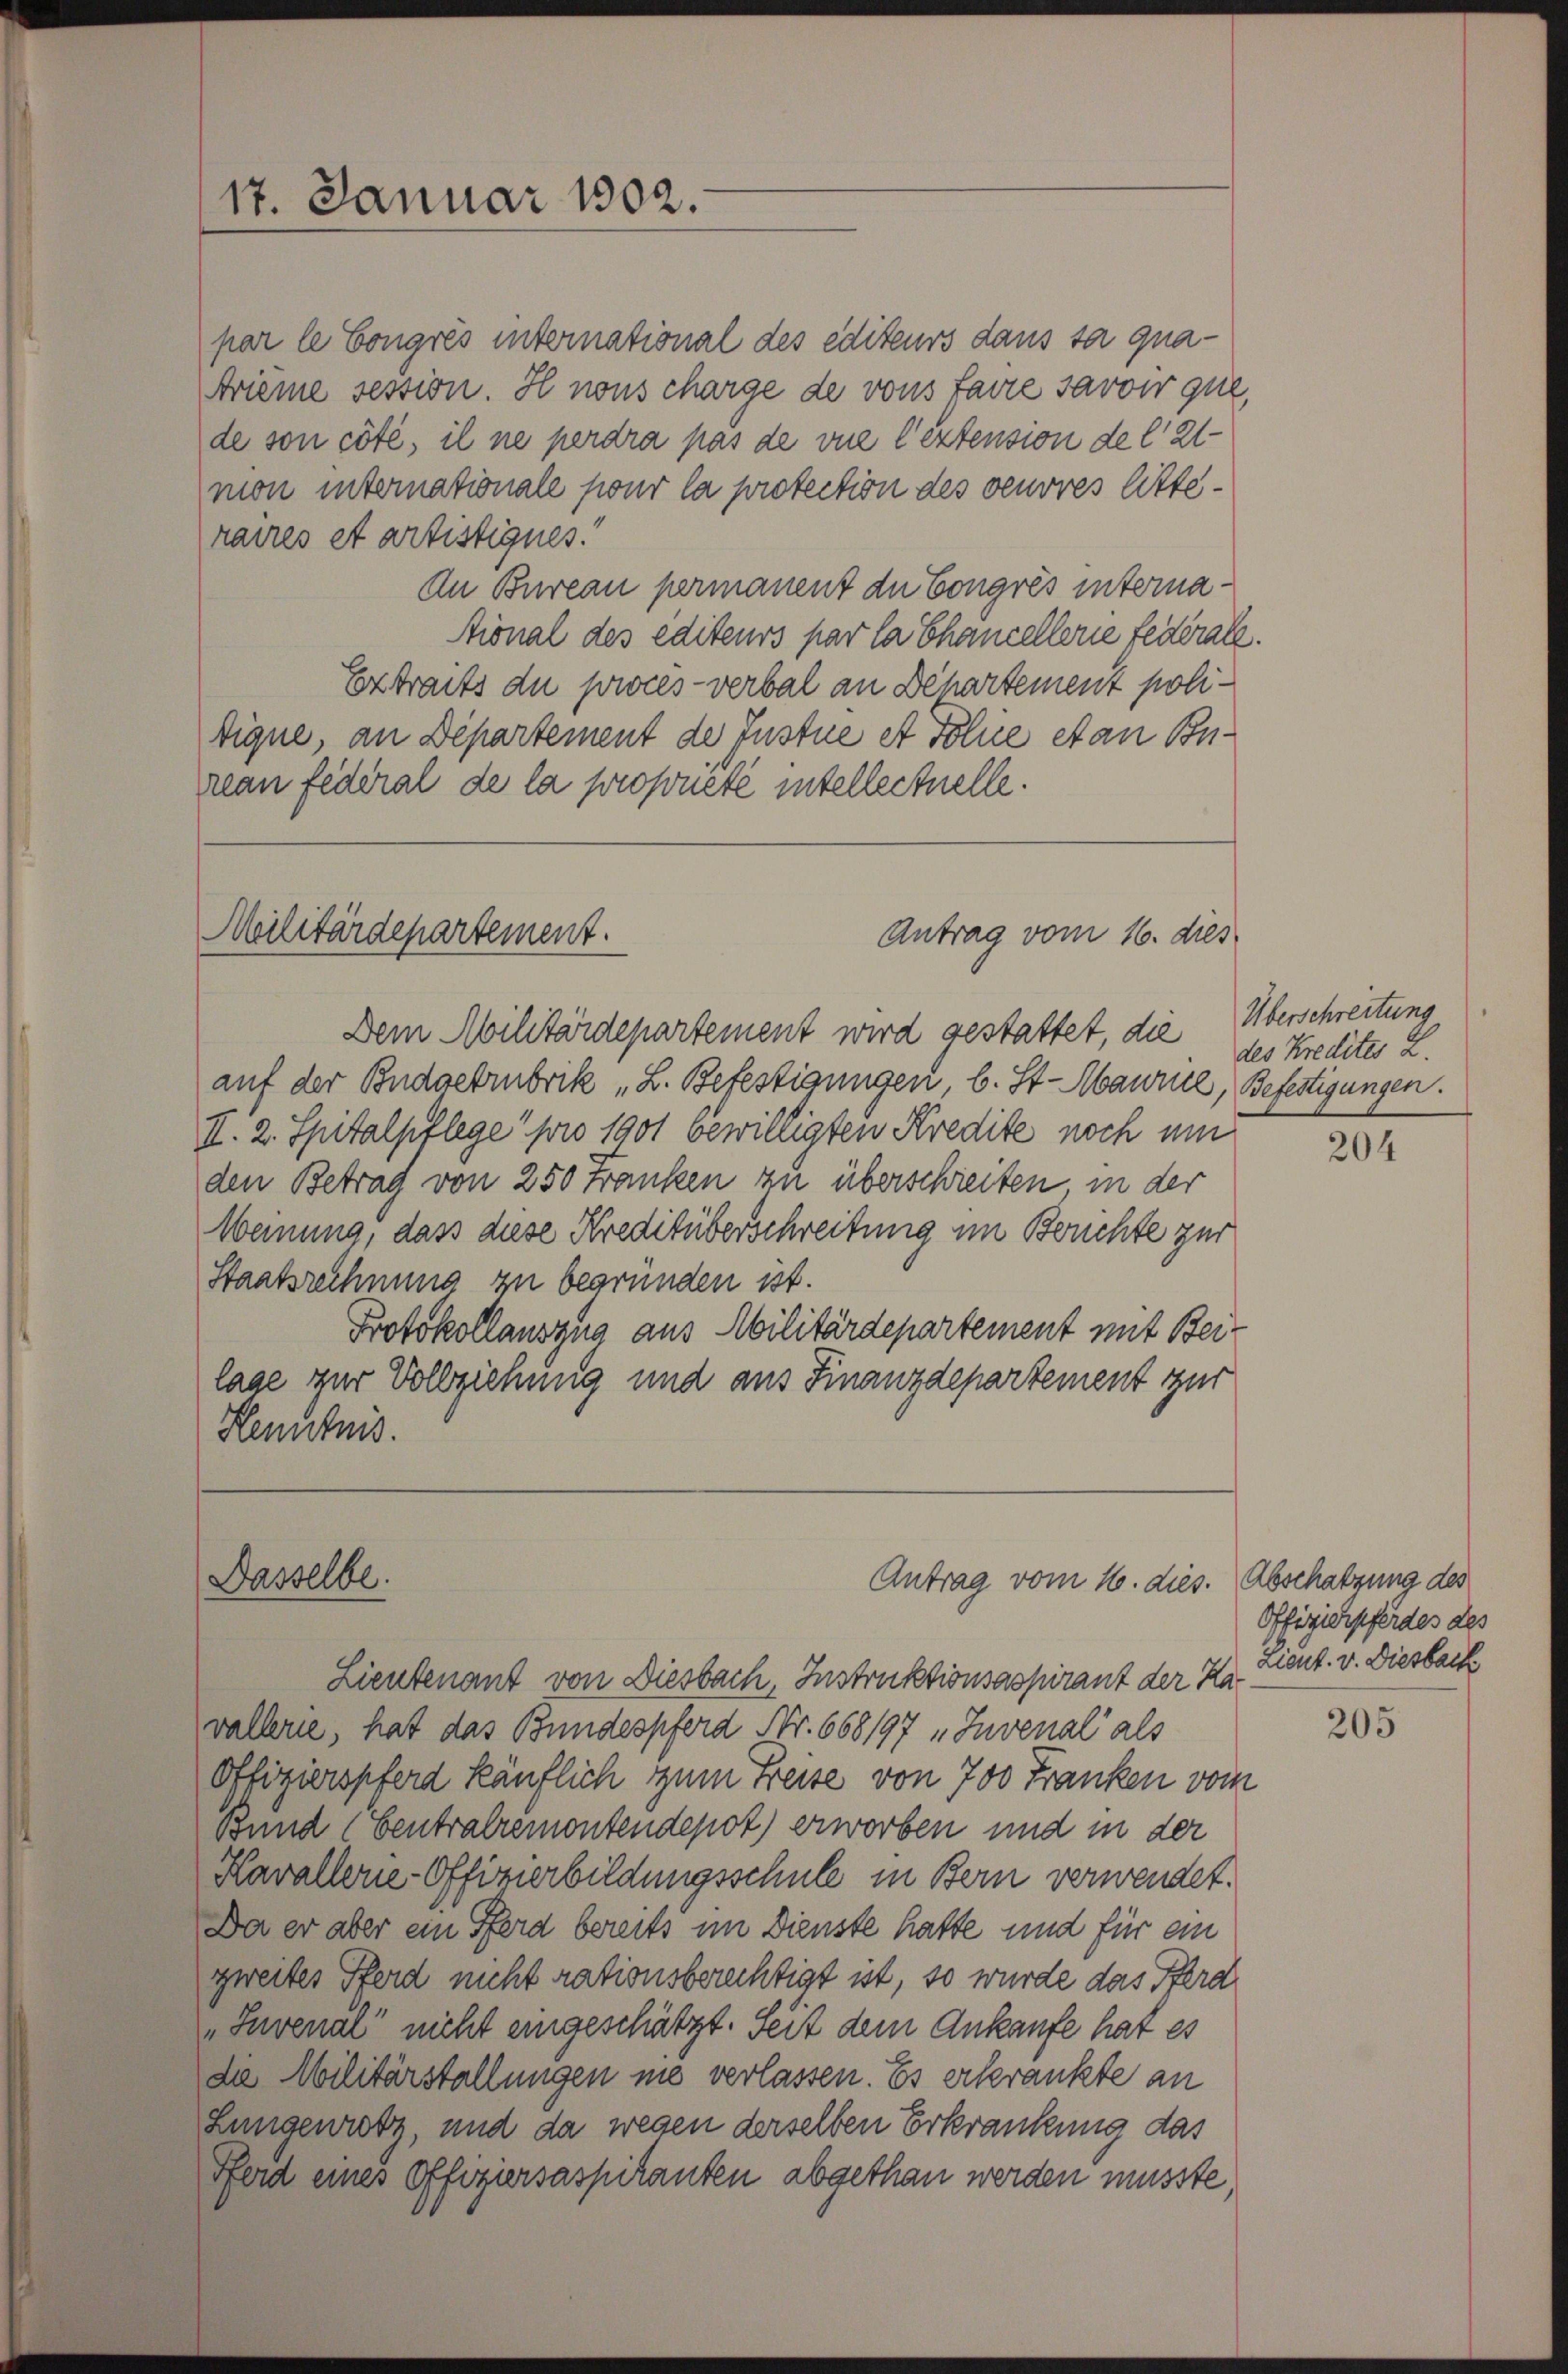
par le Congrés international des editeurs dans sa qua¬
Arieme session. H nous charge de vons faire savoir que,
de son côté, il ne perdra pas de vue l’extension de l. 2
mon internationale pour la protection des veuvres litteraires et artistignes.
An Bureau permanent du Congrés interna¬
Aional des editeurs par la Chancellerie federate
Extracts du procès-verbal an Dehartement politique, an Departement der Instue et Tolue etan Bonrean federal de la propriété intellectuelle.

Dem Militärdepartement wird gestattet, die des Kredites a.
auf der Budoebmubrik „L. Befestigungen, b. St. Maure, Befestigungen.
II. 2. Spitalpflege pro 1901 bewilligten Kredite noch um
den Betrag von 250 Franken zu überschreiten, in der
Weinung, dass diese Kreditüberschreitung im Berichte zur
Staatsrechnung zu begründen ist.
Protokollauszug aus Militärdepartement mit Beilage zur Vollziehung und aus Finanzdepartement zur
Kenntnis.

17. Januar 1802.

Militärdepartement.

Dasselbe.

Antrag vom 16. dies

Antrag vom 16. dies. Abschatzung des

Lieutenant von Diesbach, Instruktionsaspirant der Kavallerie, hat das Bundespferd Nr. 668197 „Juvenal als
Offizierspferd käuflich zum Freise von 700 Franken von
Bund (Centralremontendepot) erworben und in der
Kavallerie-Offizierbildungsschule in Bern verwendet.
Da er aber ein Pferd bereits im Dienste hatte und für ein
zweites Pferd nicht rationsberechtigt ist, so wurde das Pferd
„Juvenal“ nicht eingeschätzt. Seit dem Ankaufe hat es
die Militärstallungen nie verlassen. Es erkrankte an
Lungenrotz, und da wegen derselben Erkrankung das
Pferd eines Offiziersaspiranten abgethan werden müsste,

Überschreitung

204

Offizierpferdes des
Lieut. v. Diesback

205